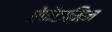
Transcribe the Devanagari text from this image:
ऐंफेंटामिन